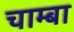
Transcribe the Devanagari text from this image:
चाम्बा